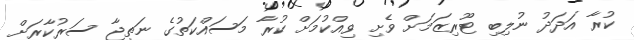
ކުރާ އަދަދު ނުލިބި ޓޫރިޒަމަށް ވެށި ވިއްކުމަށް ކުރާ މަސައްކަތުގެ ނަތީޖާ ސަރުކާރަށް